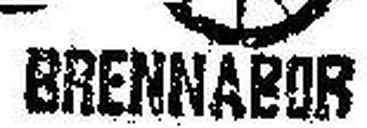
BRENNABOR